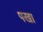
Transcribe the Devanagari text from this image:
पखा